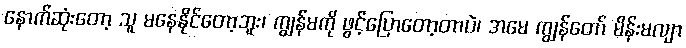
နောက်ဆုံးတော့ သူ မနေနိုင်တော့ဘူး၊ ကျွန်မကို ဖွင့်ပြောတော့တာပဲ၊ အမေ ကျွန်တော် မိန်းမလျာ